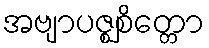
အဗျာပဇ္ဈစိတ္တော